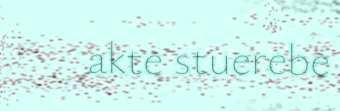
akte stuerebe